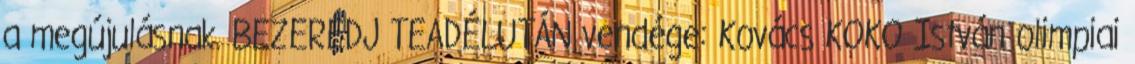
a megújulásnak. BEZERÉDJ TEADÉLUTÁN vendége: Kovács KOKO István olimpiai